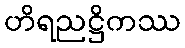
ဟိရညဋ္ဌိကဿ